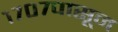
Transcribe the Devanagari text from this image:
१७०७पासून